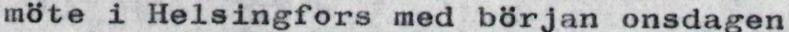
möte i Helsingfors med början onsdagen